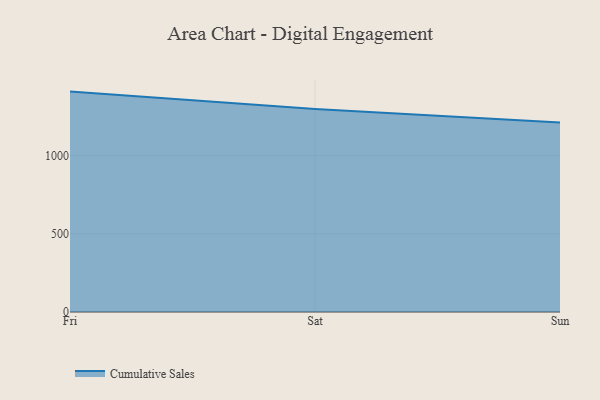
{"axis": {"x": "Day", "y": "Customer Acquisition Cost (USD)"}, "legend": ["Cumulative Sales"], "data": [{"x": "Fri", "y": 1410.2, "type": "Cumulative Sales"}, {"x": "Sat", "y": 1299.1, "type": "Cumulative Sales"}, {"x": "Sun", "y": 1212.1, "type": "Cumulative Sales"}]}